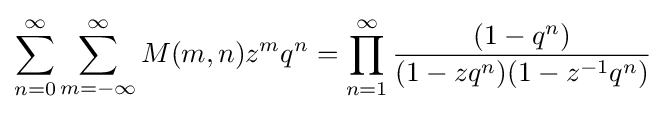
\sum _{n=0}^{\infty }\sum _{m=-\infty }^{\infty }M(m,n)z^{m}q^{n}=\prod _{n=1}^{\infty }{\frac {(1-q^{n})}{(1-zq^{n})(1-z^{-1}q^{n})}}